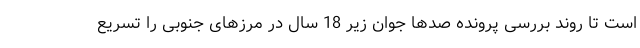
است تا روند بررسی پرونده صدها جوان زیر 18 سال در مرزهای جنوبی را تسریع